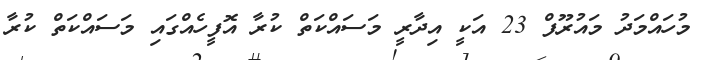
މުހައްމަދު މައުރޫފް 23 އަކީ އިދާރީ މަސައްކަތް ކުރާ އޮފީހެއްގައި މަސައްކަތް ކުރާ